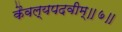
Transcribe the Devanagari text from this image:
कैवल्यपदवीम्॥७॥